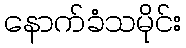
နောက်ခံသမိုင်း